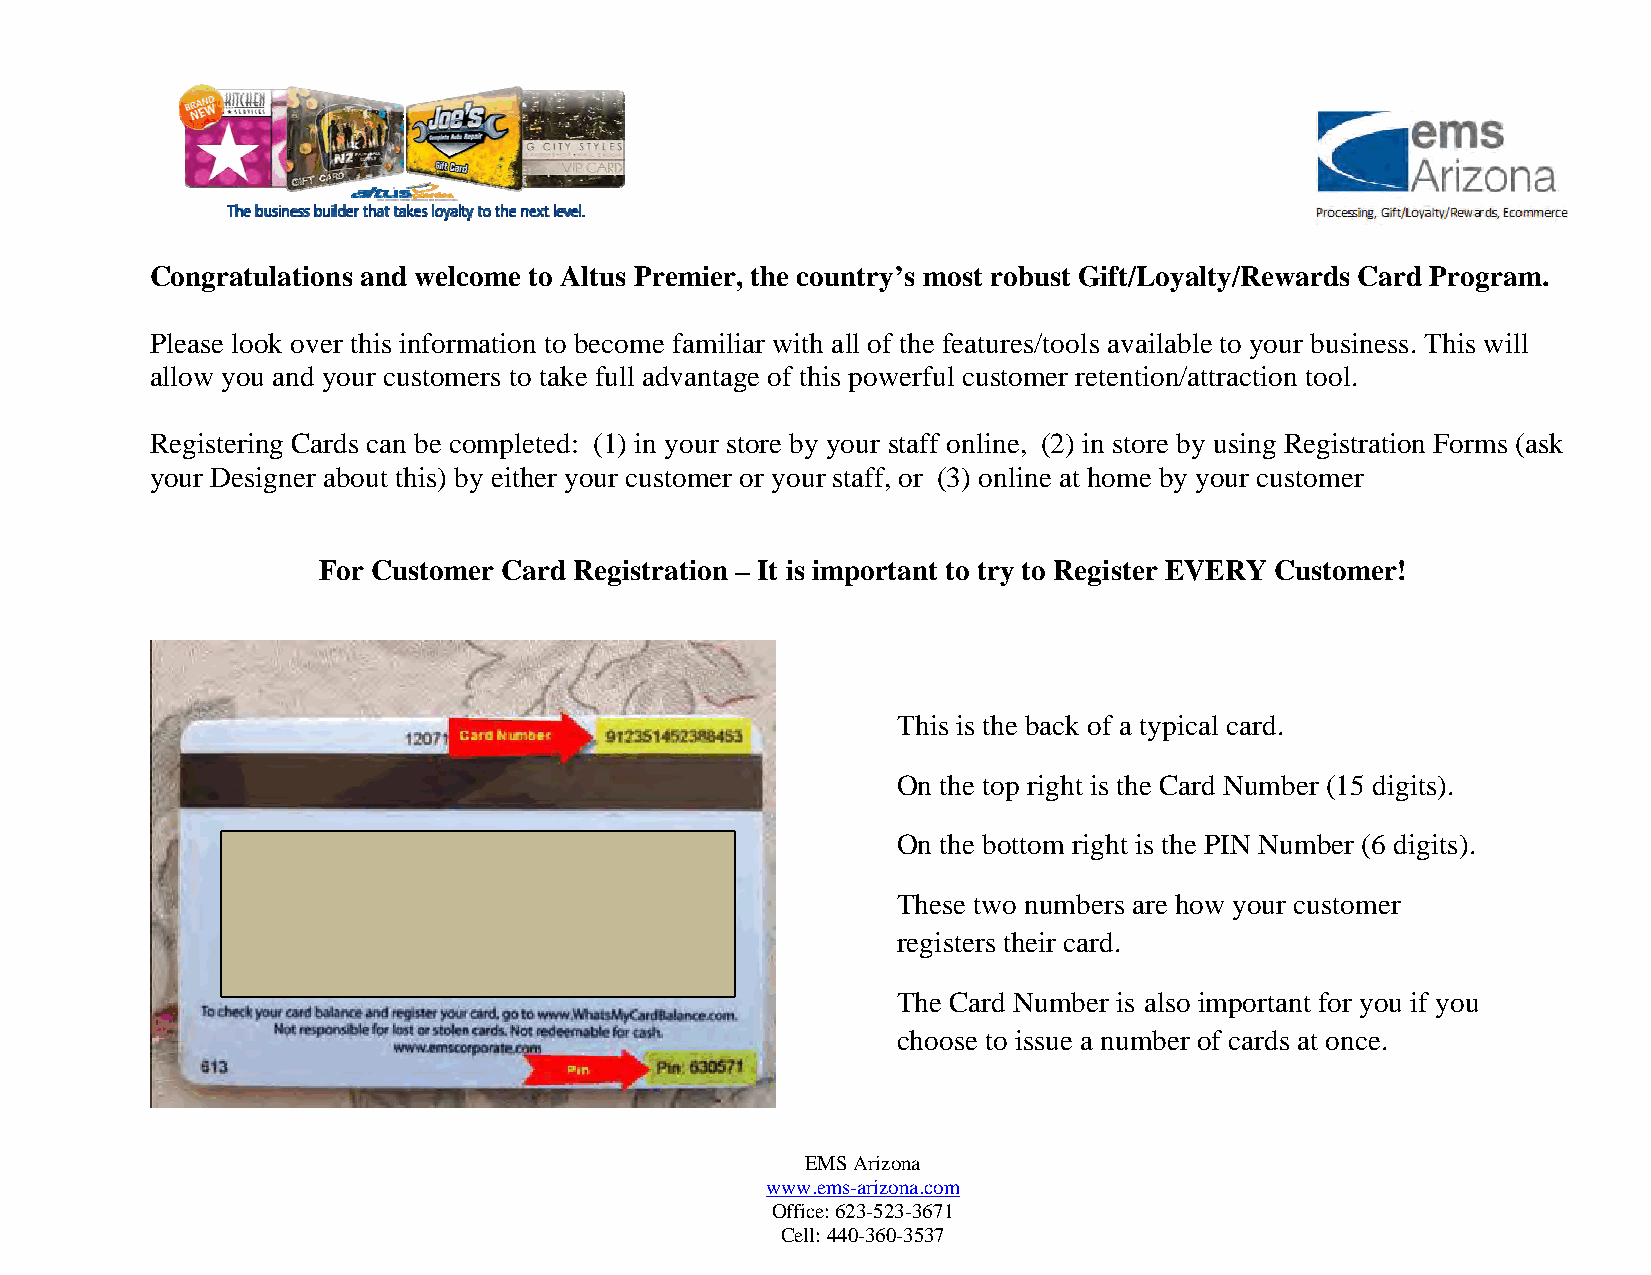
Congratulations and welcome to Altus Premier, the country’s most robust Gift/Loyalty/Rewards Card Program.
 Please look over this information to become familiar with all of the features/tools available to your business. This will
 allow you and your customers to take full advantage of this powerful customer retention/attraction tool.
 Registering Cards can be completed: (1) in your store by your staff online, (2) in store by using Registration Forms (ask
 your Designer about this) by either your customer or your staff, or (3) online at home by your customer
 For Customer Card Registration – It is important to try to Register EVERY Customer!
 This is the back of a typical card.
 On the top right is the Card Number (15 digits).
 On the bottom right is the PIN Number (6 digits).
 These two numbers are how your customer
 registers their card.
 The Card Number is also important for you if you
 choose to issue a number of cards at once.
 EMS Arizona
 www.ems-arizona.com
 Office: 623-523-3671
 Cell: 440-360-3537